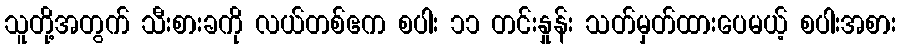
သူတို့အတွက် သီးစားခကို လယ်တစ်ဧက စပါး ၁၁ တင်းနှုန်း သတ်မှတ်ထားပေမယ့် စပါးအစား